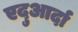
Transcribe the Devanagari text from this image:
एदुआर्दा